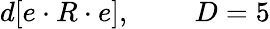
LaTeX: d[e\cdot R\cdot e],\; \; \; \; \; \; \; \; D=5